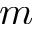
m